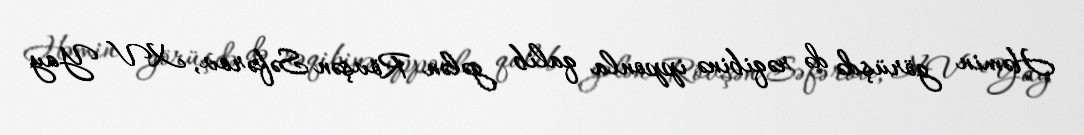
Həmin görüşdə də rəqibinə ipponla qalib gələn Rövşən Səfərov, XV Yay